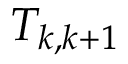
T _ { k , k + 1 }